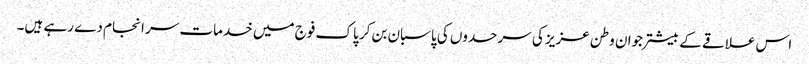
اس علاقے کے بیشتر جوان وطن عزیز کی سرحدوں کی پاسبان بن کر پاک فوج میں خدمات سر انجام دے رہے ہیں۔